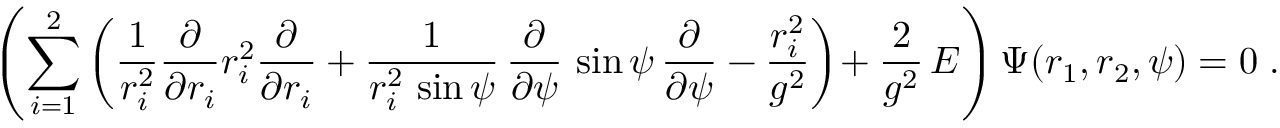
\left( \sum _ { i = 1 } ^ { 2 } \left( \frac { 1 } { r _ { i } ^ { 2 } } \frac { \partial } { \partial r _ { i } } r _ { i } ^ { 2 } \frac { \partial } { \partial r _ { i } } + \frac { 1 } { r _ { i } ^ { 2 } \, \sin \psi } \, \frac { \partial } { \partial \psi } \, \sin \psi \, \frac { \partial } { \partial \psi } - \frac { r _ { i } ^ { 2 } } { g ^ { 2 } } \right) \! + \frac { 2 } { g ^ { 2 } } \, E \right) \Psi ( r _ { 1 } , r _ { 2 } , \psi ) = 0 \; .